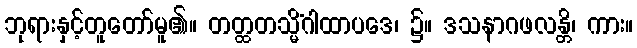
ဘုရားနှင့်တူတော်မူ၏။ တတ္ထတသ္မိံဂါထာပဒေ၊ ၌။ ဒသနာဂဖလန္တိ၊ ကား။